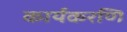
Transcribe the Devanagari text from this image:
कार्यकरणि